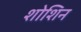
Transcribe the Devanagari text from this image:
शोशिन